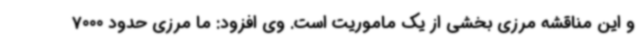
و این مناقشه مرزی بخشی از یک ماموریت است. وی افزود: ما مرزی حدود 7000